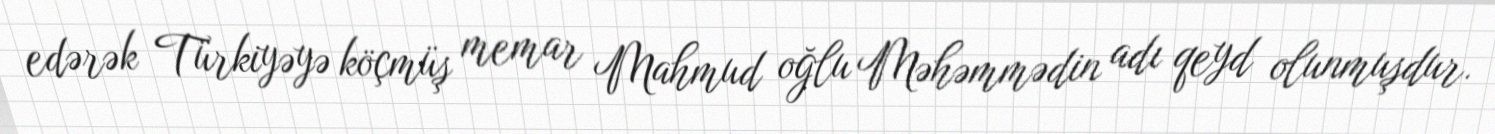
edərək Türkiyəyə köçmüş memar Mahmud oğlu Məhəmmədin adı qeyd olunmuşdur.